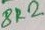
Text: 8R2